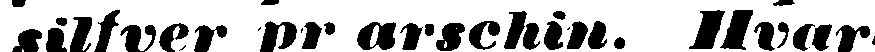
silfver pr arschin. Hvar